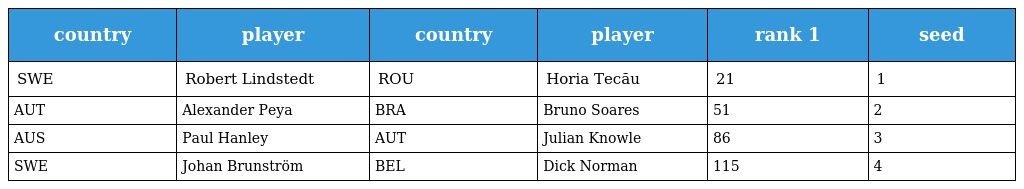
| country | player | country | player | rank 1 | seed |
 | --- | --- | --- | --- | --- | --- |
 | SWE | Robert Lindstedt | ROU | Horia Tecău | 21 | 1 |
 | AUT | Alexander Peya | BRA | Bruno Soares | 51 | 2 |
 | AUS | Paul Hanley | AUT | Julian Knowle | 86 | 3 |
 | SWE | Johan Brunström | BEL | Dick Norman | 115 | 4 |